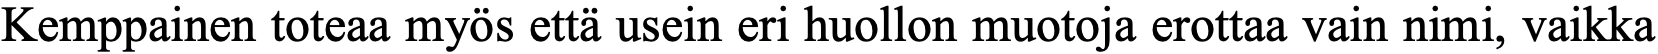
Kemppainen toteaa myös että usein eri huollon muotoja erottaa vain nimi, vaikka